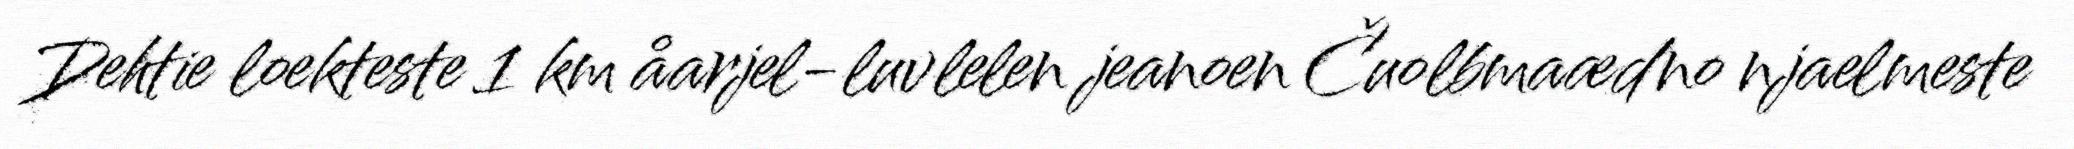
Dehtie loekteste 1 km åarjel-luvlelen jeanoen Čuolbmaædno njaelmeste